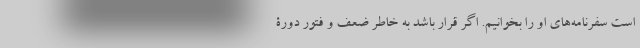
است سفرنامه‌های او را بخوانیم. اگر قرار باشد به خاطر ضعف و فتور دورۀ